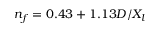
n _ { f } = 0 . 4 3 + 1 . 1 3 D / X _ { l }